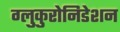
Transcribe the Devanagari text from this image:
ग्लुकुरोनिडेशन